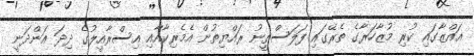
ޣައްޒާގައި ކުރި މުޒާހަރާގެ ތެރޭގައި ފަލަސްތީނު ރައްޔިތުން އެމެރިކާއާއި އިސްރާއީލުގެ ދިދަ އަންދަނީ